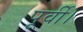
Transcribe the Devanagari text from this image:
पूर्वी।